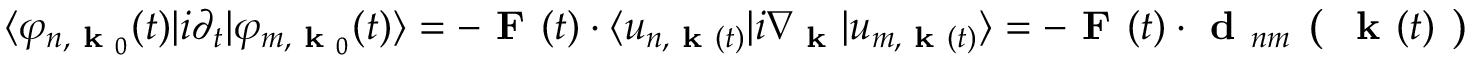
\langle \varphi _ { n , \textbf { k } _ { 0 } } ( t ) | i \partial _ { t } \lvert \varphi _ { m , \textbf { k } _ { 0 } } ( t ) \rangle = - \textbf { F } ( t ) \cdot \langle u _ { n , \textbf { k } ( t ) } | i \nabla _ { \textbf { k } } | u _ { m , \textbf { k } ( t ) } \rangle = - \textbf { F } ( t ) \cdot \textbf { d } _ { n m } \textbf { ( } \textbf { k } ( t ) \textbf { ) }